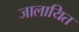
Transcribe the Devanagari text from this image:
जालायित